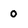
Character: 0